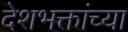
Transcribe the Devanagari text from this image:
देशभक्तांच्या